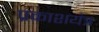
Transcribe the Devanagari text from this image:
प्रकाशयंत्र